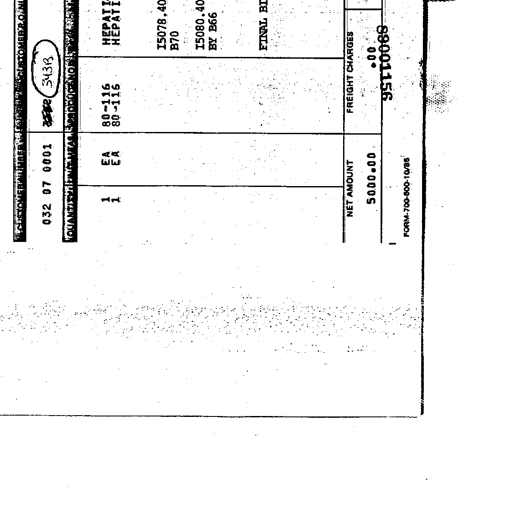
Transcript:
CUSTOMER PART NO. CUSTOMER P.O. NO.
032 07 0001 34313
QUANTITY UNIT MEAS. DESCRIPTION
1 EA 80-116 HEPATITIS
1 EA 80-116 HEPATITIS
15078.40
B70
15080.40
BY B66
FINAL BILL
NET AMOUNT FREIGHT CHARGES
5000.00 .00
89001156
FORM-700-500-10/85